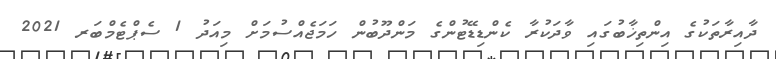
ދާއިރާތަކުގެ އިންތިޚާބުގައި ވާދަކުރާ ކެންޑިޑޭޓުންގެ މަންދޫބުން ހަމަޖެއްސުމަށް މިއަދު 1 ސެޕްޓެމްބަރ 2021